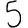
Digit: 5